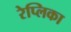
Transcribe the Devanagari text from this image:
रेप्लिका